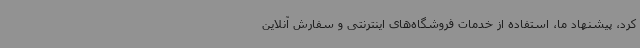
کرد، پیشنهاد ما، استفاده از خدمات فروشگاه‌های اینترنتی و سفارش آنلاین